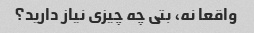
واقعا نه، بتی چه چیزی نیاز دارید؟